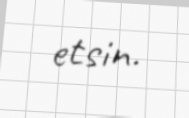
etsin.